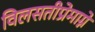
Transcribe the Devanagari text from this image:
विलसतीप्रेमाग्ने